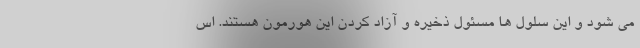
می شود و این سلول ها مسئول ذخیره و آزاد کردن این هورمون هستند. اس